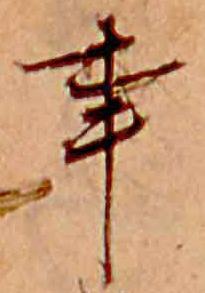
事